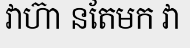
វាហ៊ា នតែមក វា